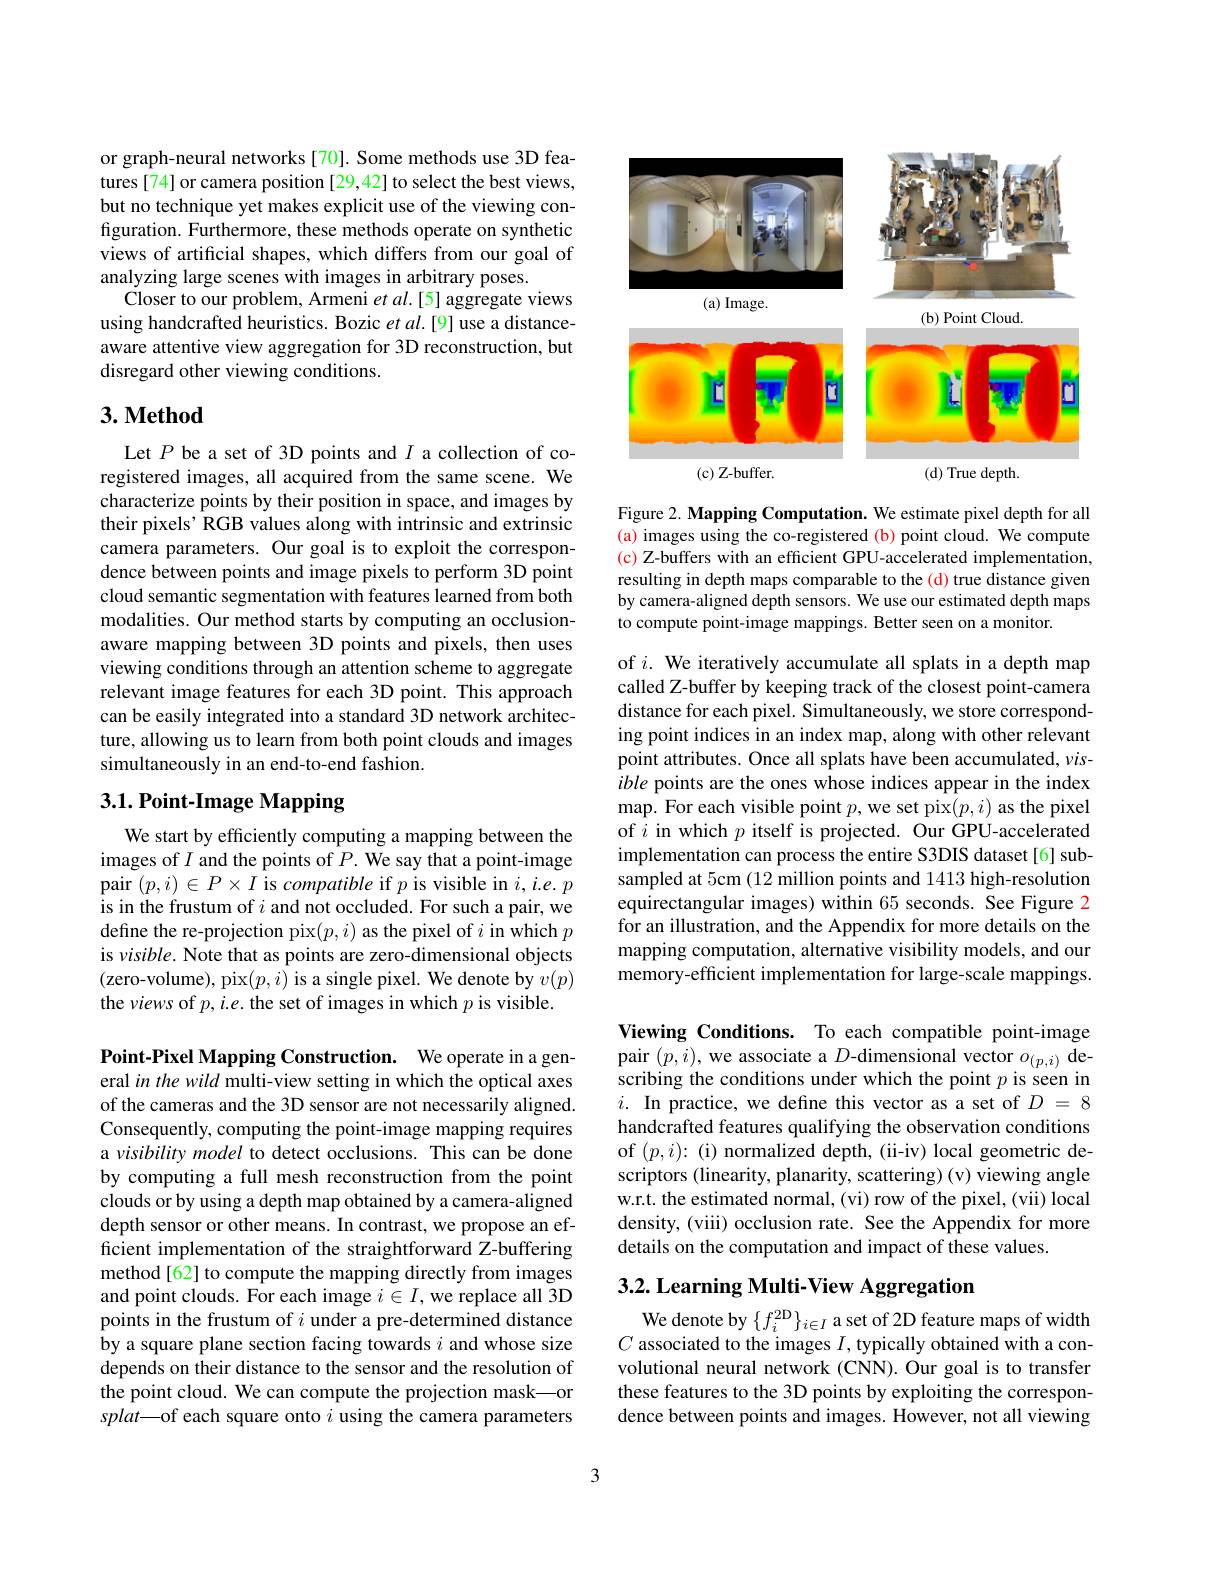
or graph-neural networks [70]. Some methods use 3D features[74] or camera position [29,42] to select the best views, but no technique yet makes explicit use of the viewing configuration. Furthermore, these methods operate on synthetic views of artificial shapes, which differs from our goal of analyzing large scenes with images in arbitrary poses.
${\mathrm{Closer~to~our~problem,~Armeni~}et~al.[5]~aggregate~views}$ using handcrafted heuristics. Bozic $etal.[9]$ use a distanceaware attentive view aggregation for 3D reconstruction, but disregard other viewing conditions.

## 3. Method

Let $P$ be a set of 3D points and $I$ a collection of coregistered images, all acquired from the same scene. We characterize points by their position in space, and images by their pixels' RGB values along with intrinsic and extrinsic camera parameters. Our goal is to exploit the correspondence between points and image pixels to perform 3D point cloud semantic segmentation with features learned from both modalities. Our method starts by computing an occlusionaware mapping between 3D points and pixels, then uses viewing conditions through an attention scheme to aggregate relevant image features for each 3D point. This approach can be easily integrated into a standard 3D network architecture, allowing us to learn from both point clouds and images simultaneously in an end-to-end fashion.

## 3.1. Point-Image Mapping

We start by efficiently computing a mapping between the images of $I$ and the points of $P.$ We say that a point-image pair $(p,i)\in P\times I$ is compatible if $p$ is visible in $i,i.e.p$ is in the frustum of $i$ and not occluded. For such a pair, we define the re-projection pix$(p,i)$ as the pixel of $i$ in which $p$ is visible. Note that as points are zero-dimensional objects (zero-volume), pix$(p,i)$ is a single pixel. We denote by $v(p)$ the views of $p,i.e.$ the set of images in which $p$ is visible.

Point-Pixel Mapping Construction. We operate in a general in the wild multi-view setting in which the optical axes of the cameras and the 3D sensor are not necessarily aligned. Consequently, computing the point-image mapping requires a visibility model to detect occlusions. This can be done by computing a full mesh reconstruction from the point clouds or by using a depth map obtained by a camera-aligned depth sensor or other means. In contrast, we propose an efficient implementation of the straightforward Z-buffering method[62] to compute the mapping directly from images and point clouds. For each image $i\in I$, we replace all 3D points in the frustum of $i$ under a pre-determined distance by a square plane section facing towards $i$ and whose size depends on their distance to the sensor and the resolution of the point cloud. We can compute the projection mask—or splat—of each square onto $i$ using the camera parameters

<FigureHere>

Figure 2. Mapping Computation. We estimate pixel depth for all (a) images using the co-registered (b) point cloud. We compute (c) Z-buffers with an efficient GPU-accelerated implementation, resulting in depth maps comparable to the (d) true distance given by camera-aligned depth sensors. We use our estimated depth maps to compute point-image mappings. Better seen on a monitor.

of $i.$ We iteratively accumulate all splats in a depth map called Z-buffer by keeping track of the closest point-camera distance for each pixel. Simultaneously, we store corresponding point indices in an index map, along with other relevant point attributes. Once all splats have been accumulated, $\nu is-$ ible points are the ones whose indices appear in the index map. For each visible point $p$,we set pix$(p,i)$ as the pixel of $i$ in which $p$ itself is projected. Our GPU-accelerated implementation can process the entire S3DIS dataset[6] subsampled at 5cm (12 million points and 1413 high-resolution equirectangular images) within 65 seconds. See Figure 2 for an illustration, and the Appendix for more details on the mapping computation, alternative visibility models, and our memory-efficient implementation for large-scale mappings.

Viewing Conditions. To each compatible point-image pair $(p,i)$,we associate a $D$-dimensional vector $o_{(p,i)}$ describing the conditions under which the point $p$ is seen in $i.$ In practice, we define this vector as a set of $D=8$ handcrafted features qualifying the observation conditions of $(p,i)\colon($i)normalized depth, (ii-iv) local geometric descriptors (linearity, planarity, scattering) (v) viewing angle w.r.t. the estimated normal, (vi) row of the pixel, (vii) local density, (viii) occlusion rate. See the Appendix for more details on the computation and impact of these values.

## 3.2. Learning Multi-View Aggregation

We denote by $\{f_i^{2\mathrm{D}}\}_{i\in I}$ a set of 2D feature maps of width $C$ associated to the images $I$, typically obtained with a convolutional neural network (CNN). Our goal is to transfer these features to the 3D points by exploiting the correspondence between points and images. However, not all viewing

3